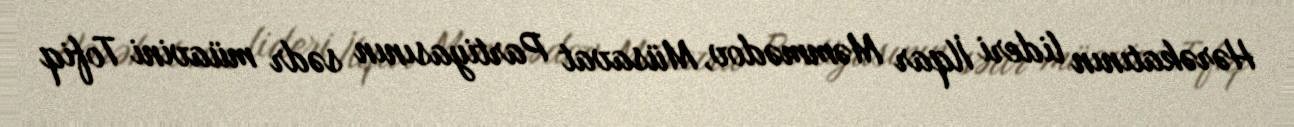
Hərəkatının lideri İlqar Məmmədov, Müsavat Partiyasının sədr müavini Tofiq